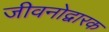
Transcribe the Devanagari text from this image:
जीवनोद्वारक